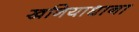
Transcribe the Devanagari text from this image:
खनियाधाना